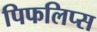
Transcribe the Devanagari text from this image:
पिफलिप्स